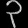
Digit: ၃